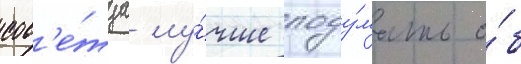
сов'е́туа лу́чше поду́мать о́б